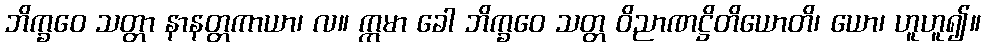
ဘိက္ခဝေ သတ္တာ နာနတ္တကာယာ၊ လ။ ဣမာ ခေါ ဘိက္ခဝေ သတ္တ ဝိညာဏဋ္ဌိတိယောတိ၊ ယော၊ ဟူဟူ၍။